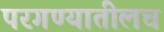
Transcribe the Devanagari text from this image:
परगण्यातीलच